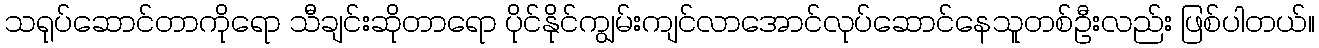
သရုပ်ဆောင်တာကိုရော သီချင်းဆိုတာရော ပိုင်နိုင်ကျွမ်းကျင်လာအောင်လုပ်ဆောင်နေသူတစ်ဦးလည်း ဖြစ်ပါတယ်။